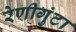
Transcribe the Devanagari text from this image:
रेणीगुंटा